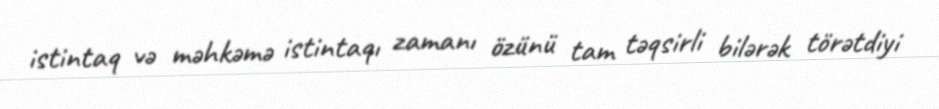
istintaq və məhkəmə istintaqı zamanı özünü tam təqsirli bilərək törətdiyi